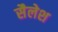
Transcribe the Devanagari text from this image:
सैलेश